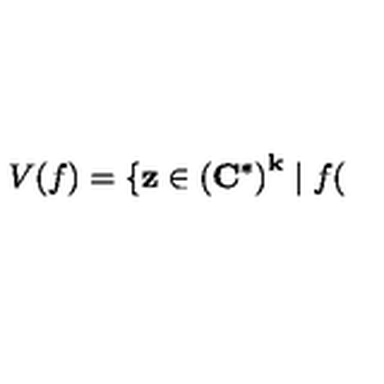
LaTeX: V ( f ) = \{ \mathbf { z } \in \left( \mathbf { C } ^ { \ast } \right) ^ { \mathbf { k } } \mid f (